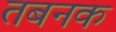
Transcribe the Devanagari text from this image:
तबनक